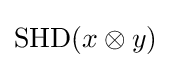
\operatorname {SHD} (x\otimes y)